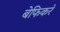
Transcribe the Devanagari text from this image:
बेफिकरे